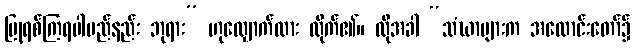
ပြုရစ်ကြရပါမည်နည်း ဘုရား” ဟုလျှောက်ထား လိုက်၏။ ထိုအခါ “သံဃာများက အလောင်းတော်၌